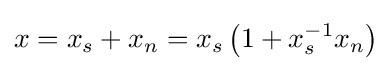
x=x_{s}+x_{n}=x_{s}\left(1+x_{s}^{-1}x_{n}\right)